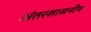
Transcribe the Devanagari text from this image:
अंतरशासनीय